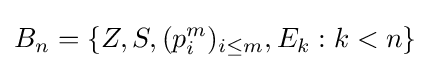
B_{n}=\{Z,S,(p_{i}^{m})_{i\leq m},E_{k}:k<n\}